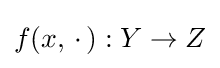
f(x,\,\cdot \,):Y\rightarrow Z